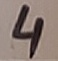
Text: 4